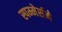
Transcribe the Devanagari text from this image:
स्पम्मेर्सने